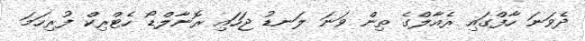
ދެވަނަ ހާފްގައި ރެއާލްގެ ތިން ވަނަ ލަނޑު ޖަހައި ރޮނާލްޑޯ ހެޓްރިކް ފުރިހަމަ